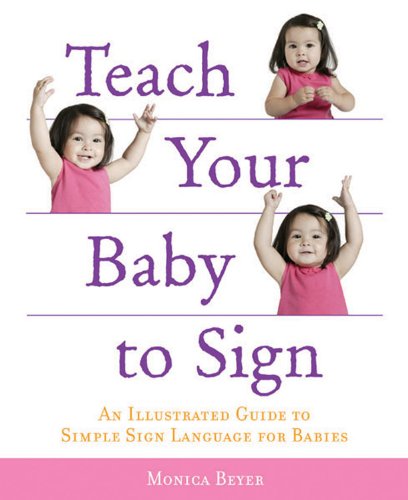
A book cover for Teach Your Baby to Sign: An Illustrated Guide to Simple Sign Language for Babies; Monica Beyer; Reference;